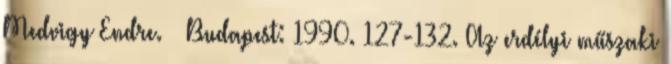
Medvigy Endre. – Budapest: 1990. 127-132. Az erdélyi műszaki